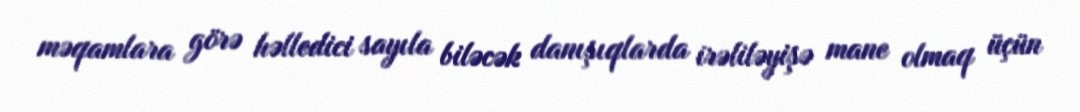
məqamlara görə həlledici sayıla biləcək danışıqlarda irəliləyişə mane olmaq üçün